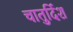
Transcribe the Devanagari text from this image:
चातुर्दिश